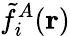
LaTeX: \tilde{f}_{i}^{A}(\mathbf{r})